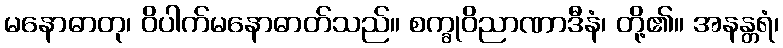
မနောဓာတု၊ ဝိပါက်မနောဓာတ်သည်။ စက္ခုဝိညာဏာဒီနံ၊ တို့၏။ အနန္တရံ၊